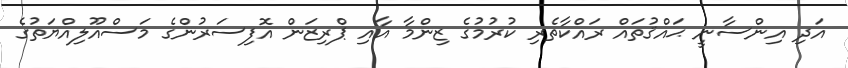
އަދި އިންސާނީ ޙައްޤުތައް ރައްކާތެރި ކުރުމުގެ ޒިންމާ އާއި ޕްރިޒަން އޮފިސަރުންގެ މަސްއޫލިއްޔަތުގެ